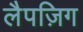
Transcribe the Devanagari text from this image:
लैपज़िग